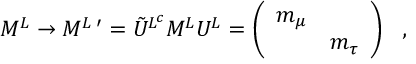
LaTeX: M ^ { L } \rightarrow M ^ { L } \, ^ { \prime } = \tilde { U } ^ { L ^ { c } } M ^ { L } U ^ { L } = \left( \begin{array} { c c } { { m _ { \mu } } } & { { } } \\ { { } } & { { m _ { \tau } } } \end{array} \right) \ \ ,